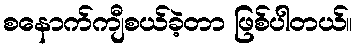
စနောက်ကျီစယ်ခဲ့တာ ဖြစ်ပါတယ်။